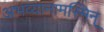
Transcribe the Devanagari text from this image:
अभव्यानामस्मिन्